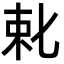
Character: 𬂥